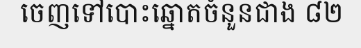
ចេញទៅបោះឆ្នោតចំនួនជាង ៨២